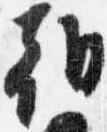
朝